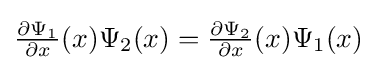
{\textstyle {\frac {\partial \Psi _{1}}{\partial x}}(x)\Psi _{2}(x)={\frac {\partial \Psi _{2}}{\partial x}}(x)\Psi _{1}(x)}